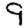
Digit: 9